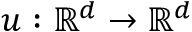
u : \mathbb { R } ^ { d } \rightarrow \mathbb { R } ^ { d }